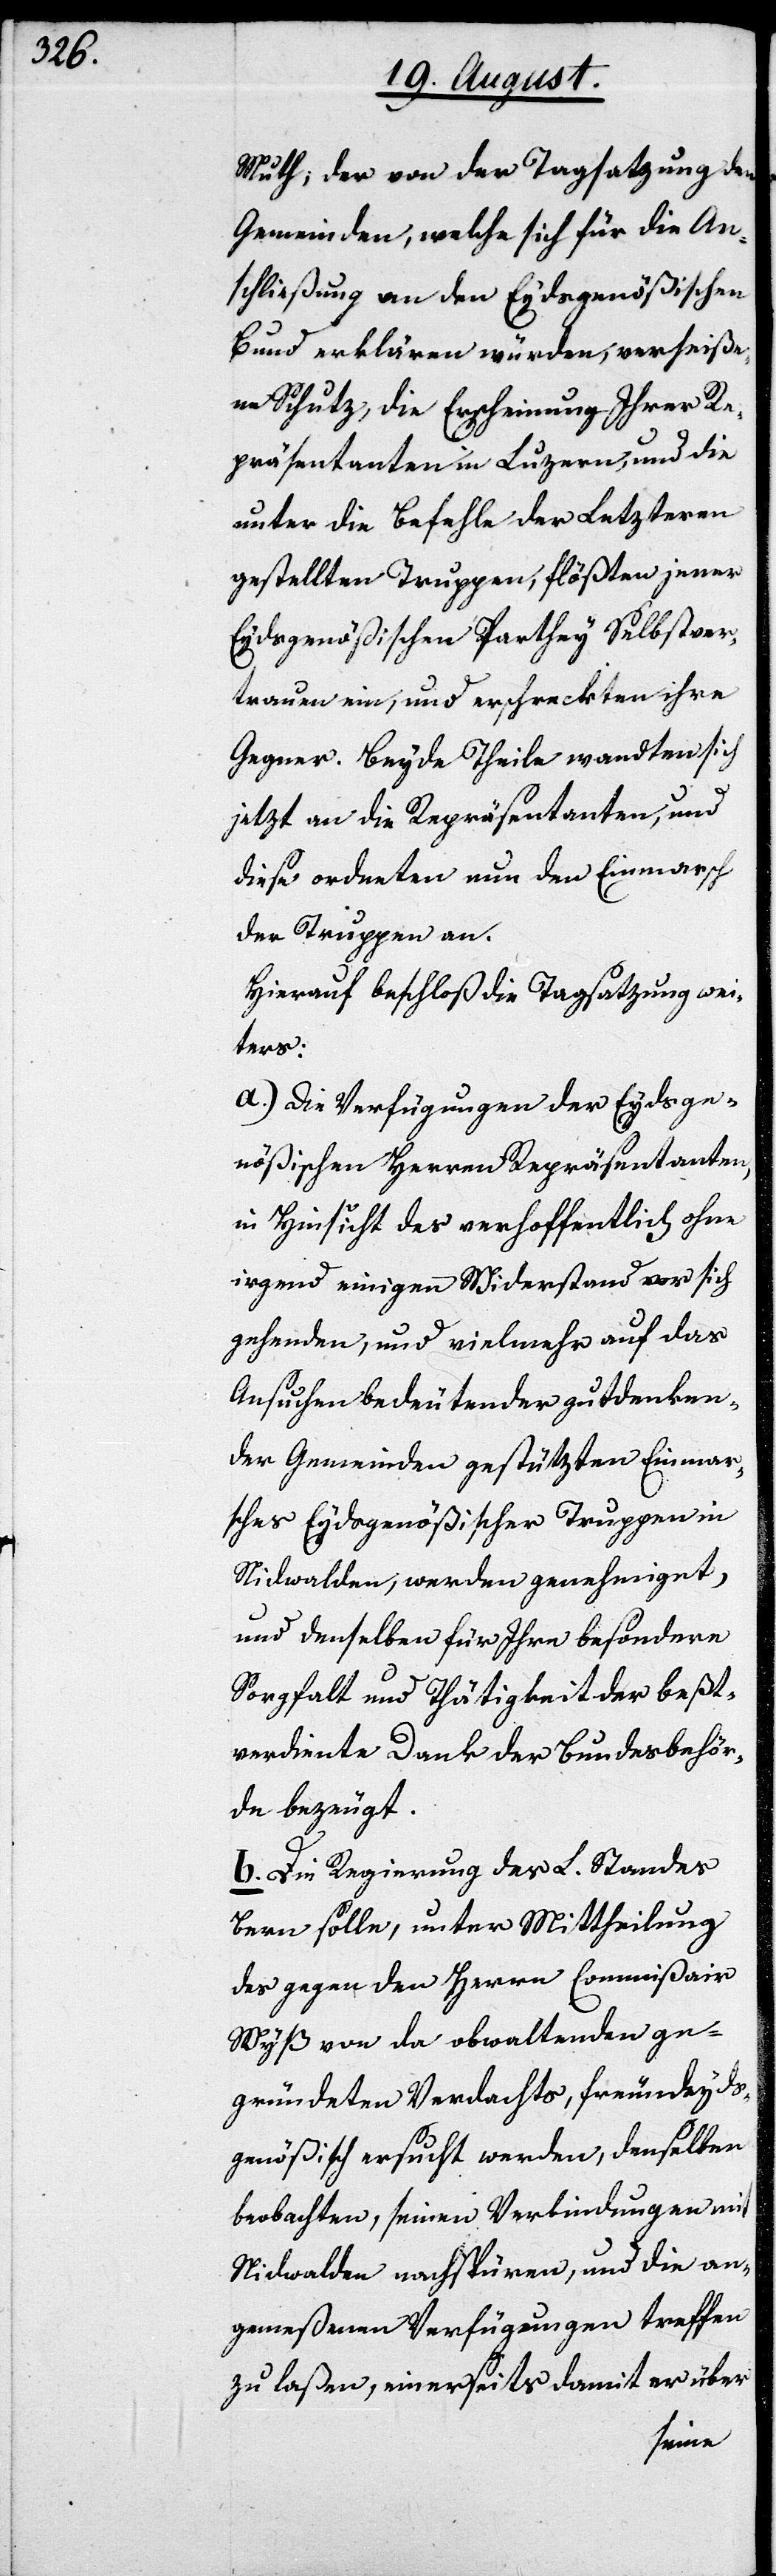
Muth; der von der Tagsatzung den
Gemeinden, welche sich für die An¬
schließung an den Eydsgenößischen
Bund erklären würden, verheiße¬
ne Schutz, die Erscheinung Ihrer Re¬
präsentanten in Luzern, und die
unter die Befehle der Letzteren
gestellten Truppen, flößten jener
Eydsgenößischen Parthey Selbstver¬
trauen ein, und erschreckten ihre
Gegner. Beyde Theile wandten sich
jetzt an die Repräsentanten, und
diese ordneten nun den Einmarsch
der Truppen an.
Hierauf beschloß die Tagsatzung:
a. Die Verfügungen der Eydsge¬
nößischen Herren Repräsentanten,
in Hinsicht des verhoffentlich ohne
irgend einigen Widerstand vor sich
gehenden, und vielmehr auf das
Ansuchen bedeutender gutdenken¬
der Gemeinden gestützten Einmar¬
sches Eydsgenößischer Truppen in
Nidwalden, werden genehmiget,
und denselben für Ihre besonderen
Sorgfalt und Thätigkeit der beßt¬
verdiente Dank der Bundesbehör¬
de bezeugt.
b. Die Regierung des L. Standes
Bern solle, unter Mittheilung
des gegen den Herrn Commißair
Wyß von da obwaltenden ge¬
gründeten Verdachts, freundeyds¬
genößisch ersucht werden, denselben
beobachten, seinen Verbindungen mit
Nidwalden nachspüren, und die an¬
gemeßenen Verfügungen treffen
zu laßen, einerseits damit er über